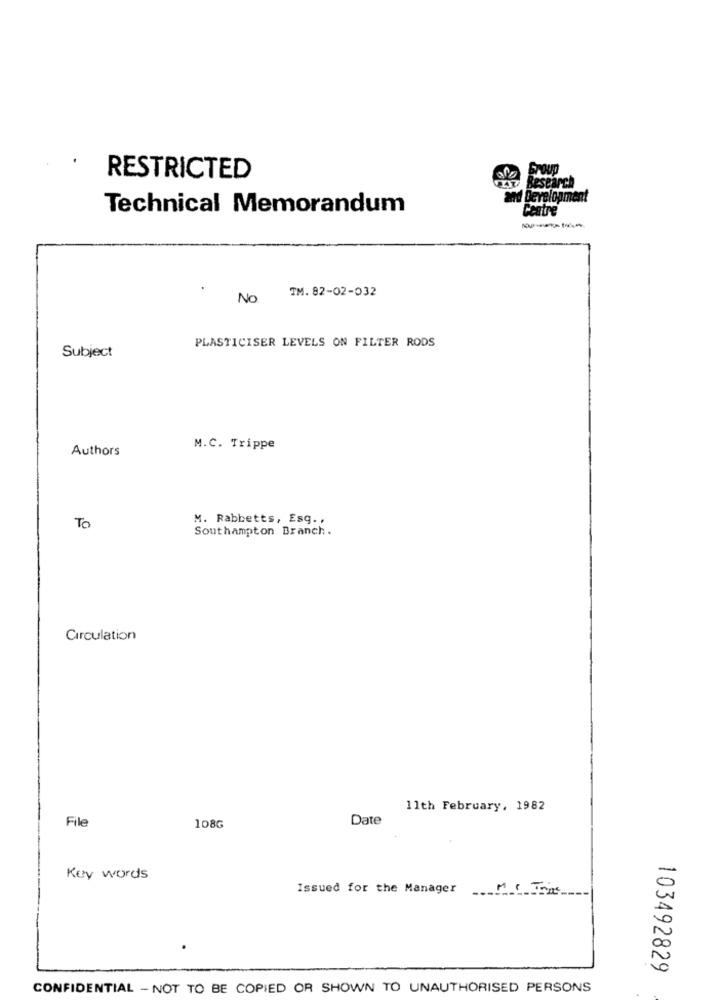
RESTRICTED
Pzsz Research
and Development
Technical Memorandum
Centre
TM. 82-02-032
No
PLASTICISER LEVELS ON FILTER RODS
Subject
Authors
M.C. Trippe
M. Rabbetts, Esq .,
To
Southampton Branch.
Circulation
11th February, 1982
File
Date
108G
Key words
Issued for the Manager
103492829
CONFIDENTIAL - NOT TO BE COPIED OR SHOWN TO UNAUTHORISED PERSONS